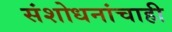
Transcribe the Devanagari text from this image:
संशोधनांचाही